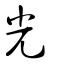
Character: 灮